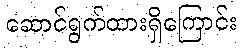
ဆောင်ရွက်ထားရှိကြောင်း